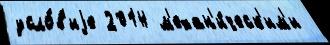
усло́в'иjе 2014 м'ехан'и́ческ'им'и